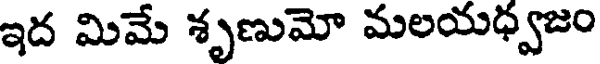
ఇద మిమే శృణుమో మలయధ్వజం